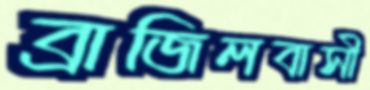
ব্রাজিলবাসী